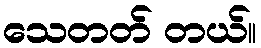
သေတတ် တယ်။